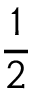
\frac { 1 } { 2 }